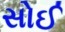
સોઈ